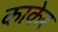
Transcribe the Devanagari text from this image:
काकेर